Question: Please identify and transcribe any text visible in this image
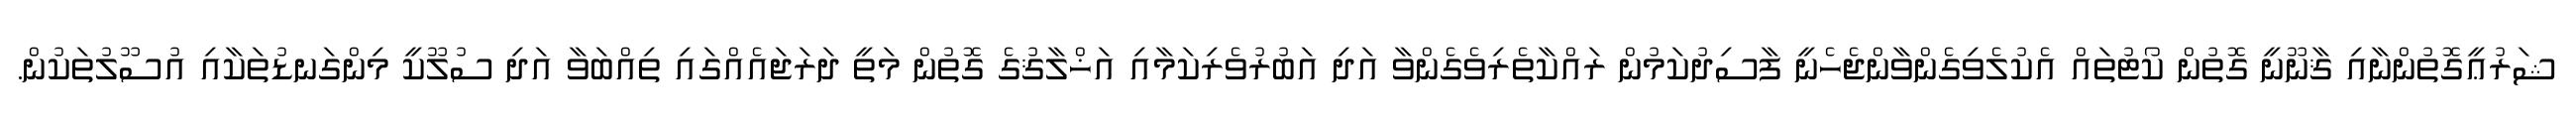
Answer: ޝަރުޢީގޮތުންނާއި ޤާނޫނީ ގޮތުން ކޯޓުތައް އެކުލެވިގެންވާންޖެހެނީ ފާސިދުކަމުން ރައްކާތެރިވެގެންވާ އަދި އަބުރުވެރިކަމާއި އަޚްލާޤުގެ ގޮތުން މަތީ ދަރަޖައެއްގައި ތިއްބަވާ އަދި ސުލޫކީ މިންގަނޑުތަކާއި އުސޫލުތަކުން.